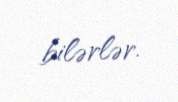
bilərlər.